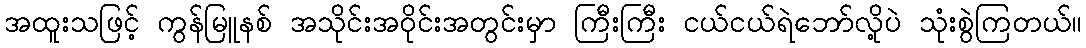
အထူးသဖြင့် ကွန်မြူနစ် အသိုင်းအဝိုင်းအတွင်းမှာ ကြီးကြီး ငယ်ငယ်ရဲဘော်လို့ပဲ သုံးစွဲကြတယ်။